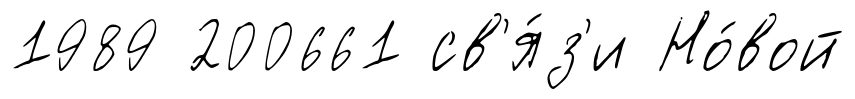
1989 200661 св'я́з'и Но́вой